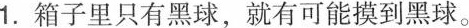
1.箱子里只有黑球，就有可能摸到黑球。